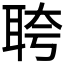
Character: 𬚗